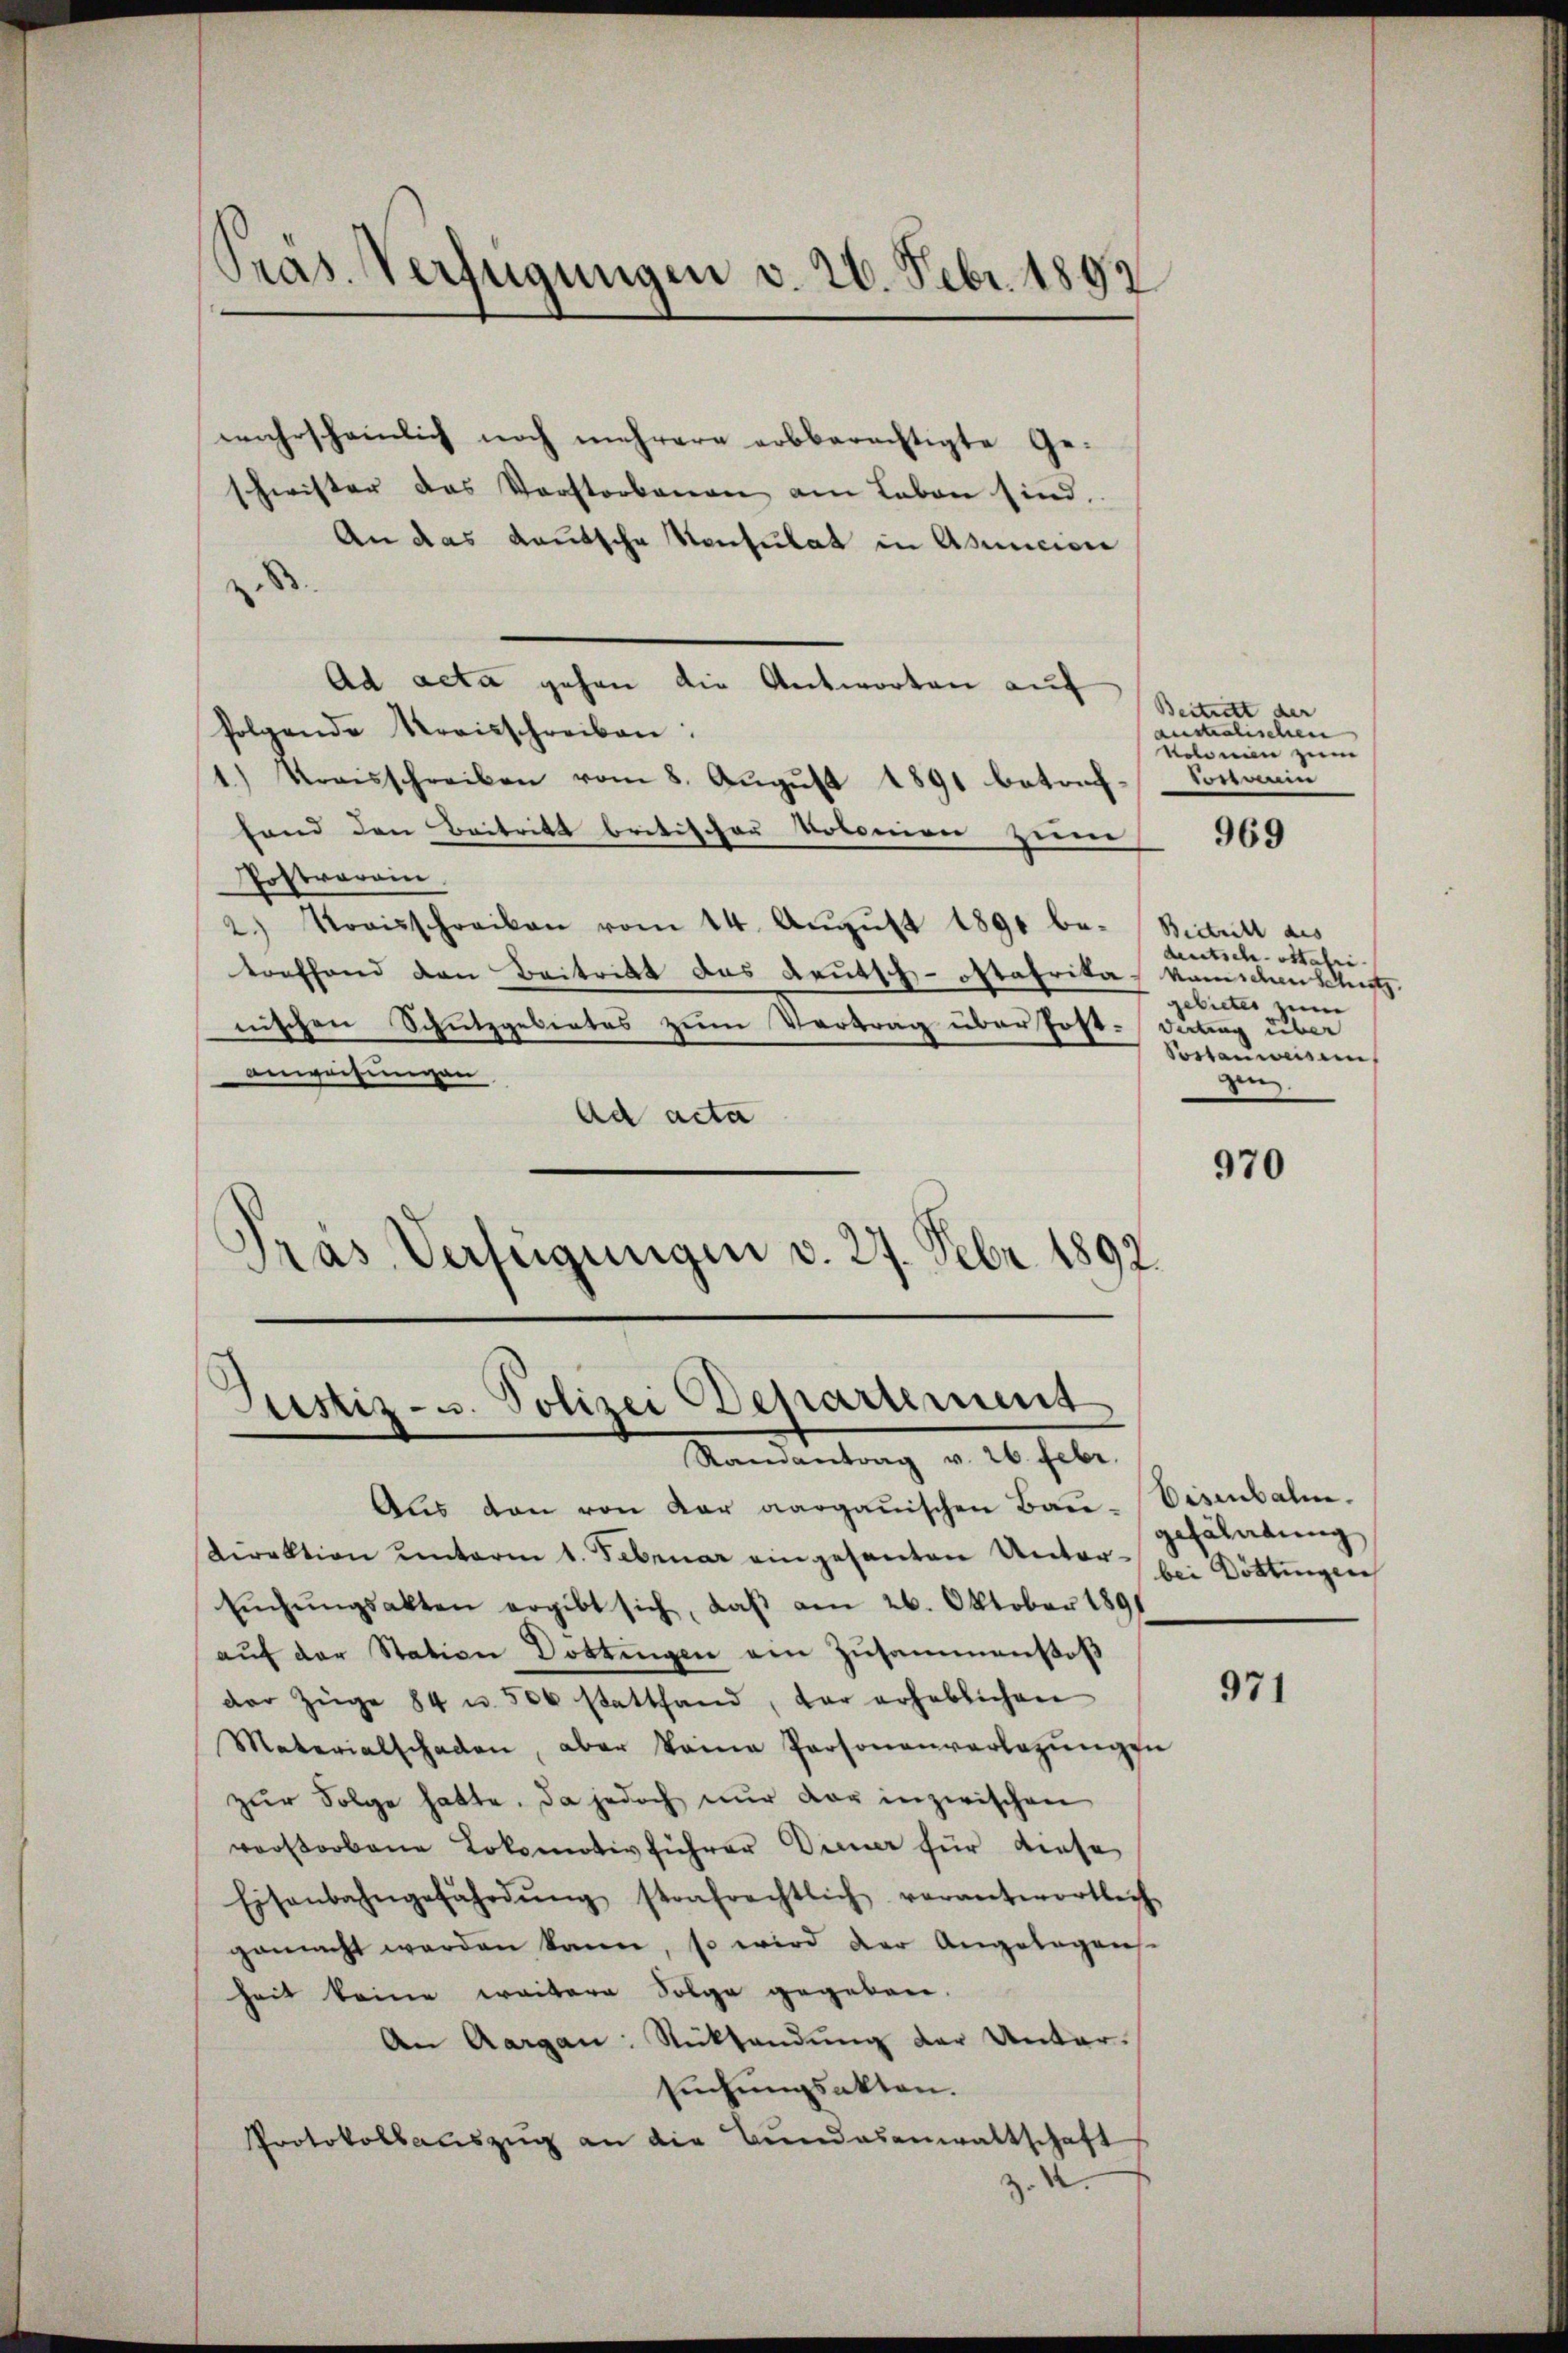
s
Pras. Verfügungen v. 26. Febr. 1892

wahrscheinlich noch mehrere erbberechtigte Ge-
schwister das Vorstorbenen am Leben sind.
An das Kautsche Konsulat in Abuniciere
.
Ad acta gehen die Antworten auf
folgende Kreisschreiben:
1.) Kreisschreiben vom 8. August 1891 betreffand den Beitritt britischen Votonien zum
Postrarein.
2.) Kreisschreiben vom 14. Aŭgŭst 1891 be-Bictull aus
toeffend den Beitritt das Leutsch-oftafrika, kamschen Schutz
nischen Schutzgebietes zum Vertrag über festanweihungen
Ad acta
.
.
pras Verfügungen v. 27. Febr. 1892.

Justiz- u. Polizei Departement
Randantrag v. 26. Febr.

Aus den von der aargauischen Bau-Eisenbahn.
Direktion unterm 1. Februar eingesanten Unter-
Eŭgŭngsakten ergibt sich, daβ am 26. Oktober 1891
aŭf der Station Dottingen ein Zusammenstoß
der Züge 84 u. 500 stattfand, der erheblichen
Materialschaden, aber keine Personenverlegŭngen
zŭr Folge hatte. Da jedoch nŭr der inzwischen
verstorbene Lokomotivführer Diener für diese
Eisenbahngefährdŭng strafrechtlich verantwortlich
gemacht werden kann, so wird der Angelegens-
heit keine weitere Folge gegeben.
An Aargau: Rücksendung der Unter¬
Eichungsakten.
Protokollauszug an die Bundesanwaltschaft
2

Beitrett der |
australischen
Nolonien zum
wossenen

969

deutsch-stahri-
gebieter zum
Dütung über
Sostanwesen
gen.

970

gefährtung
bei Döttingen

971